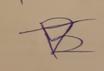
Signature authenticity: forged